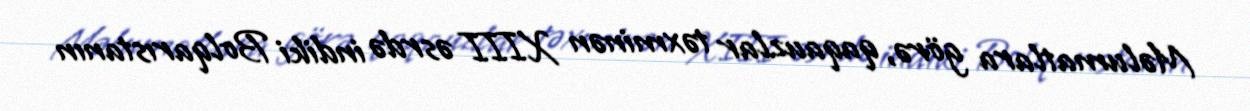
Məlumatlara görə, qaqauzlar təxminən XIII əsrdə indiki Bolqarıstanın